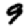
Digit: 9